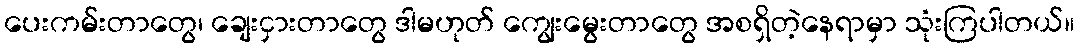
ပေးကမ်းတာတွေ၊ ချေးငှားတာတွေ ဒါမဟုတ် ကျွေးမွေးတာတွေ အစရှိတဲ့နေရာမှာ သုံးကြပါတယ်။